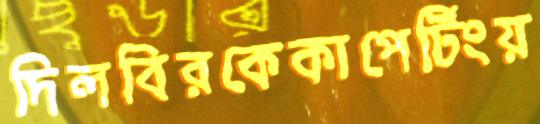
দিলবিরকেকাপের্টিংয়